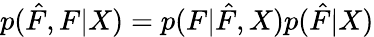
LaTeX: p(\hat{F},F|X)=p(F|\hat{F},X)p(\hat{F}|X)